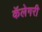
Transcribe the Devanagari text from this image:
कॅलेगरी